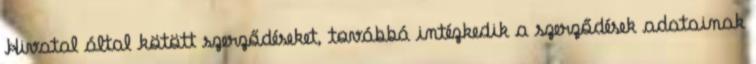
Hivatal által kötött szerződéseket, továbbá intézkedik a szerződések adatainak